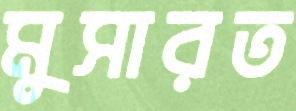
মুসারত